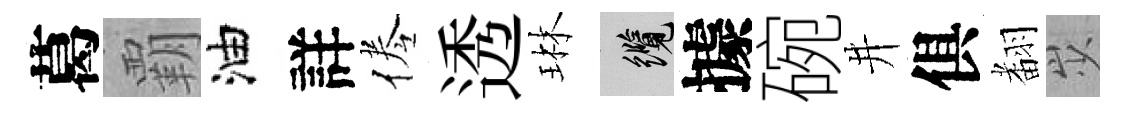
葛覇油詳倦透琳纜據碗井俱𮋒𡵯